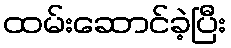
ထမ်းဆောင်ခဲ့ပြီး